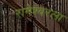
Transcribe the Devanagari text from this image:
रामेश्वरला